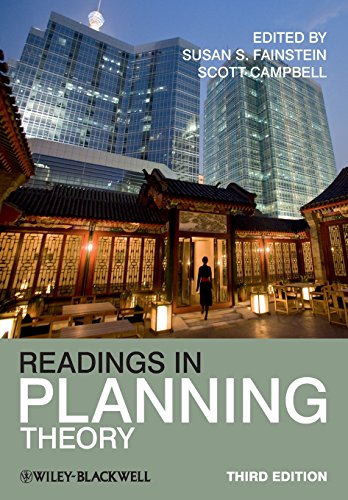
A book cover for Readings in Planning Theory; Susan S. Fainstein; Arts & Photography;